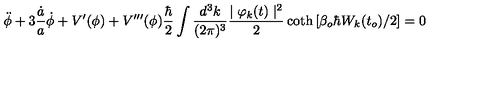
\ddot { \phi } + 3 \frac { \dot { a } } { a } \dot { \phi } + V ^ { \prime } ( \phi ) + V ^ { \prime \prime \prime } ( \phi ) \frac { \hbar } { 2 } \int \frac { d ^ { 3 } k } { ( 2 \pi ) ^ { 3 } } \frac { \mid \varphi _ { k } ( t ) \mid ^ { 2 } } { 2 } \coth \left[ \beta _ { o } \hbar W _ { k } ( t _ { o } ) / 2 \right] = 0